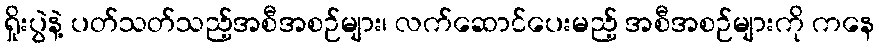
ရှိုးပွဲနဲ့ ပတ်သတ်သည့်အစီအစဉ်များ၊ လက်ဆောင်ပေးမည့် အစီအစဉ်များကို ကနေ